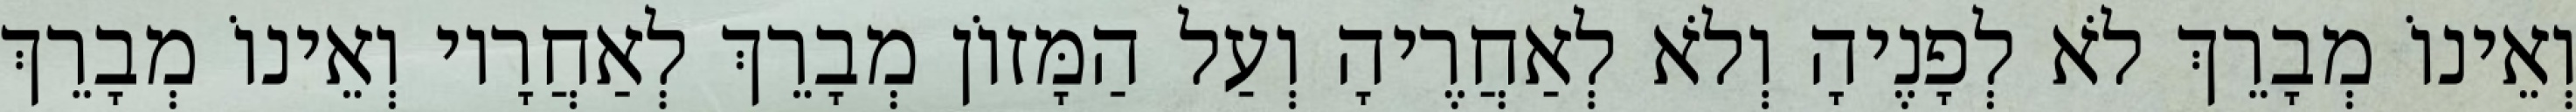
וְאֵינוֹ מְבָרֵךְ לֹא לְפָנֶיהָ וְלֹא לְאַחֲרֶיהָ וְעַל הַמָּזוֹן מְבָרֵךְ לְאַחֲרָיו וְאֵינוֹ מְבָרֵךְ